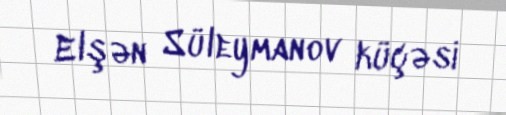
Elşən Süleymanov küçəsi